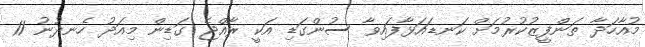
މުއާހަދާ ތަންފީޒުކުރުމަށް ކަނޑައަޅާފައިވާ ސުންގަޑި އަކީ ރާއްޖެ ގަޑިން މިއަދު ހެނދުނު 11